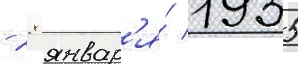
- 28 январ'я́ 1935